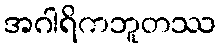
အဂါရိကဘူတဿ